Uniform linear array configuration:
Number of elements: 24
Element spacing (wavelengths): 0.25
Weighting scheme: uniform
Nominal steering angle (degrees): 60
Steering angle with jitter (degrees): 60.984
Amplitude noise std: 0.05
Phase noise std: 0.05

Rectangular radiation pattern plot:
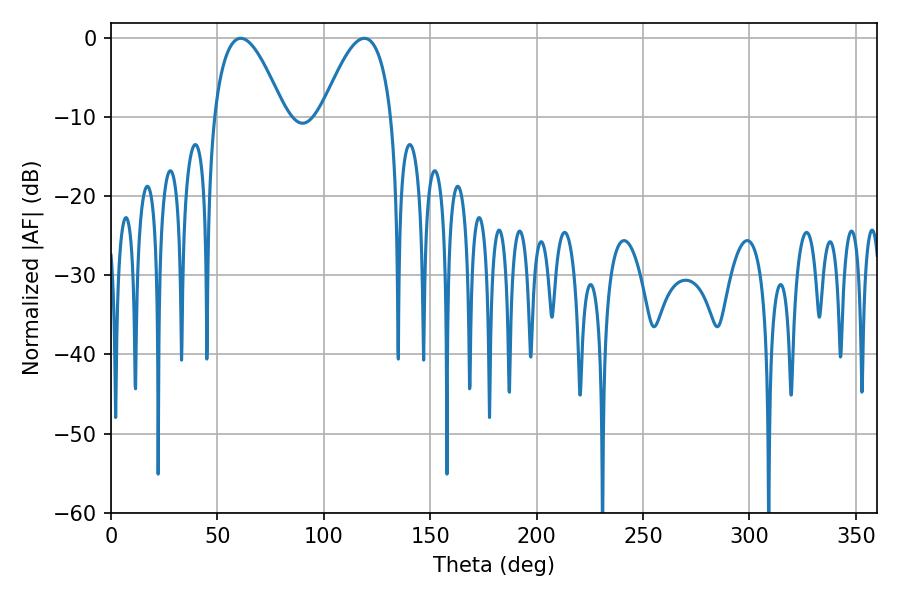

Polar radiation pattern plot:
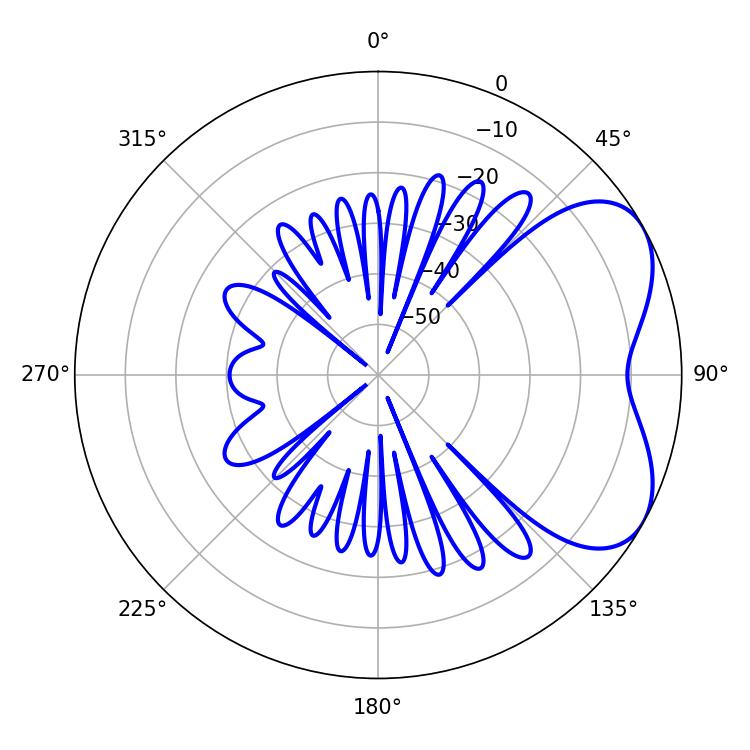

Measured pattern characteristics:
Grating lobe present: FALSE
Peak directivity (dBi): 5.054
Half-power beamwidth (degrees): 18
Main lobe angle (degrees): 61.02